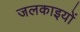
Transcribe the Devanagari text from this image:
जलकाइयों